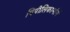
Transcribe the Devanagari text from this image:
पिपीलिकार्मानें